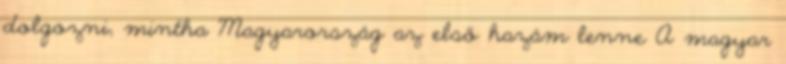
dolgozni, mintha Magyarország az első hazám lenne A magyar